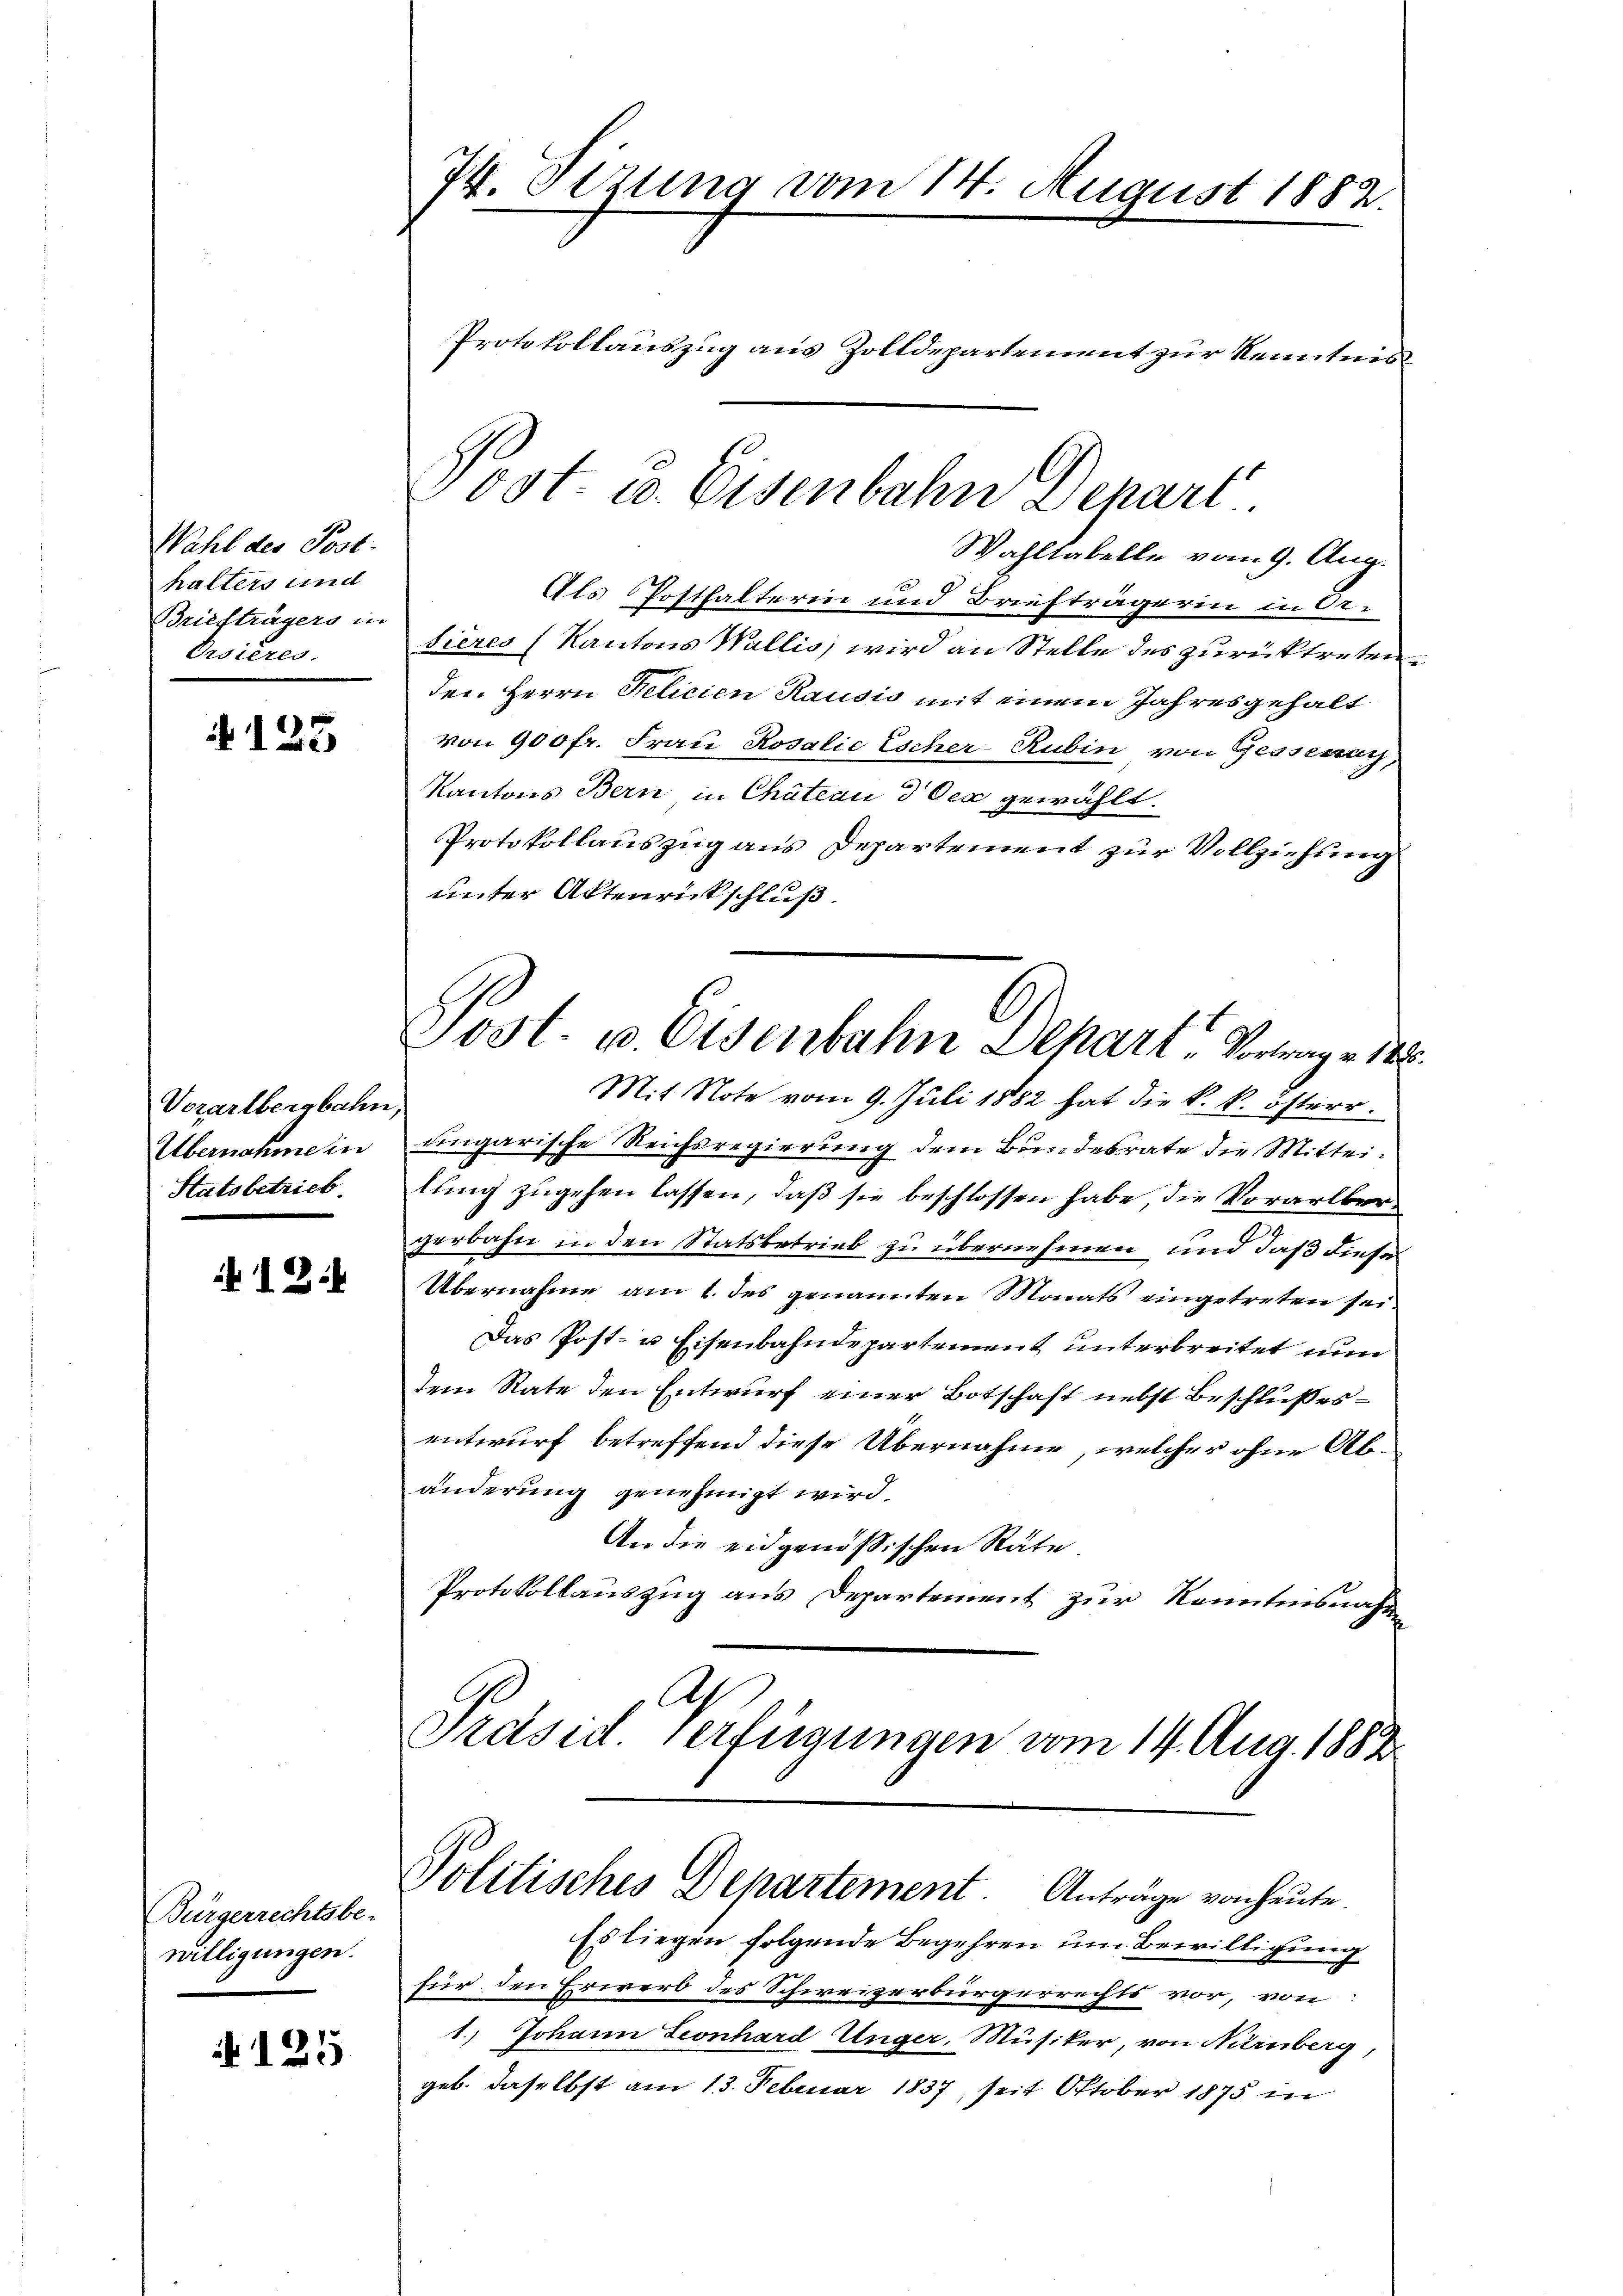
Wahl des Post.
halters und
Briefträgers in
Ersieres.

A 125

Vorarlbergbahn,
Übernahme in
Statsbetrieb

12.

Bürgerrechtsbe-
willigungen.

125

74. Stzung vom 14. August 1882.
Protokollauszug aus Zolldepartement zur Kenntnis

Wahltabelle vom 9. Aug.
Als Posthalterin und Briefträgerin in Or-
sieres (Kantons Wallis, wird an Stelle des zurücktreten
den Herrn Felicien Rausis mit einem Jahres gehalt
von 900 fr. Frau Rosalić Escher-Rubin von Gessenat,
Kantons Bern in Chateau d Oex gewählt.
Protokollauszug aus Departement zur Vollziehung
unter Aktenrückschluß.
Mit Note vom 9. Juli 1882 hat die k. k. österr.
uingarische Reichsregierung dem Bundesrate die Mitteilŭng zugehen lassen, daß sie beschlossen habe, die Vorarlbergerbahn in den Statsbetrieb zu übernehmen, und daß dieses
Übernahme am 1. des genannten Monats eingetreten sei.
Das Post- u Eisenbahndepartement unterbreitet nun
dem Rate den Entwurf einer Botschaft nebst Beschlußes
entwurf betreffend diese Übernahme, welcher ohne Abänderung genehmigt wird.
An die eidgenößischen Räte
Protokollauszug aus Departement zur Kenntnisnah¬
Ap
Präsid verfügungen vom 14. Aug. 1883

Post u. Eisenbahn Depart

Post. u. Eisenbahn Dehart Vortrage 188

Politisches Departement. Anträge von heute.

Es liegen folgende Begehren um Bewilligung
für, den Erwerb des Schweizerbürgerrechts vor, von
1.) Johann Leonhard Unger, Musiker, von Nürnberg,
geb. daselbst am 13. Februar 1837, seit Oktober 1875 in